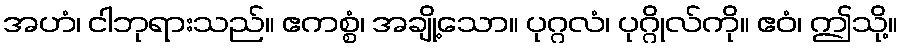
အဟံ၊ ငါဘုရားသည်။ ဧကစ္စံ၊ အချို့သော။ ပုဂ္ဂလံ၊ ပုဂ္ဂိုလ်ကို။ ဧဝံ၊ ဤသို့။